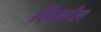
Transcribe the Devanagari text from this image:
किर्काल